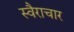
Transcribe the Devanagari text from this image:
स्वैराचार